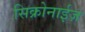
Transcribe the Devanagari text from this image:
सिक्रोनाईज़